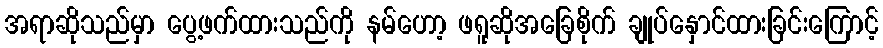
အရာဆိုသည်မှာ ပွေ့ဖက်ထားသည်ကို နမ်ဟော့ ဖရူဆိုအခြေစိုက် ချုပ်နှောင်ထားခြင်းကြောင့်